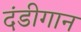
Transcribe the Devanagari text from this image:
दंडीगान